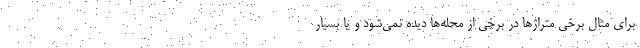
برای مثال برخی متراژها در برخی از محله‌ها دیده نمی‌شود و یا بسیار